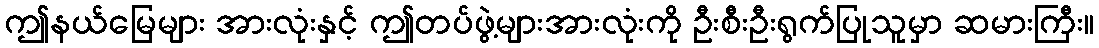
ဤနယ်မြေများ အားလုံးနှင့် ဤတပ်ဖွဲ့များအားလုံးကို ဦးစီးဦးရွက်ပြုသူမှာ ဆမားကြီး။